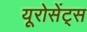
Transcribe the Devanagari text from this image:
यूरोसेंट्स